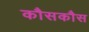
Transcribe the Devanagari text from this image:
कौसकौस